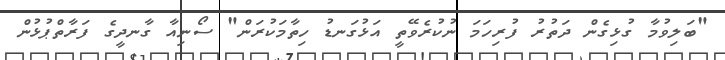
"ބަލިވުމާ ގުޅިގެން ދަތުރު ފުރިހަމަ ނުކުރެވޭތީ އަޅުގަނޑު ހިތާމަކުރަން" ސޯނިއާ ގާނދީގެ ފަރާތްޕުޅުން